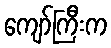
ကျော်ကြီးက